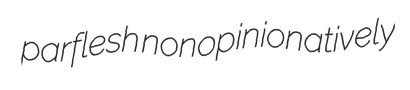
parflesh nonopinionatively